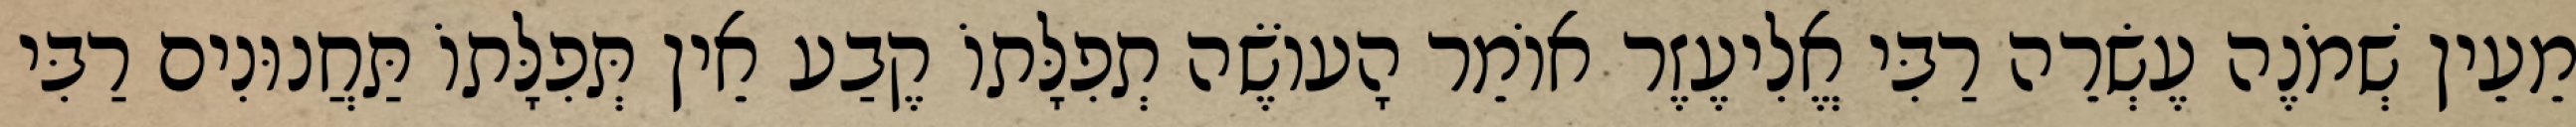
מֵעֵין שְׁמֹנֶה עֶשְׂרֵה רַבִּי אֱלִיעֶזֶר אוֹמֵר הָעוֹשֶׂה תְפִלָּתוֹ קֶבַע אֵין תְּפִלָּתוֹ תַּחֲנוּנִים רַבִּי